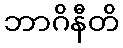
ဘာဂိနီတိ